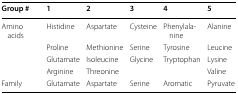
| Group # | 1 | 2 | 3 | 4 | 5 |
 | --- | --- | --- | --- | --- | --- |
 | <ROWSPAN=4> Amino acids | Histidine | Aspartate | Cysteine | Phenylalanine | Alanine |
 | Proline | Methionine | Serine | Tyrosine | Leucine |
 | Glutamate | Isoleucine | Glycine | Tryptophan | Lysine |
 | Arginine | Threonine |  |  | Valine |
 | Family | Glutamate | Aspartate | Serine | Aromatic | Pyruvate |